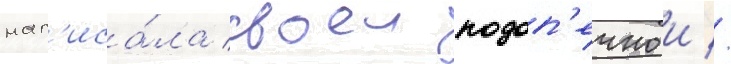
нап'иса́ла своеи подоп'ечнои //